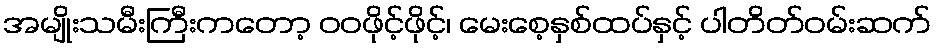
အမျိုးသမီးကြီးကတော့ ဝဝဖိုင့်ဖိုင့်၊ မေးစေ့နှစ်ထပ်နှင့် ပါတိတ်ဝမ်းဆက်